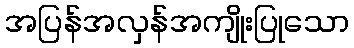
အပြန်အလှန်အကျိုးပြုသော